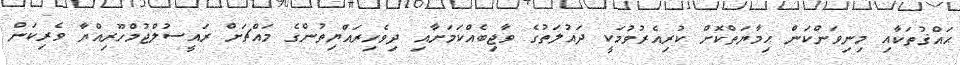
ޙައްޤުތަކާއި މިނިވަންކަން ޙިމާޔަތްކޮށް ކުރިއެރުވުމަކީ ދައުލަތުގެ ވާޖިބެއްކަމަށާއި ދިވެހިރައްޔިތުންގެ މައްޗަށް ރައީސުލްޖުމްހޫރިއްޔާ ވެރިކަން